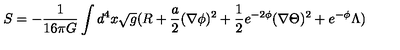
S = - \frac { 1 } { 1 6 \pi G } \int d ^ { 4 } x \sqrt { g } ( R + \frac { a } { 2 } ( \nabla \phi ) ^ { 2 } + \frac { 1 } { 2 } e ^ { - 2 \phi } ( \nabla \Theta ) ^ { 2 } + e ^ { - \phi } \Lambda )